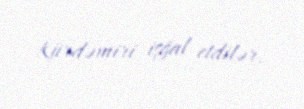
Kürdəmiri işğal etdilər.